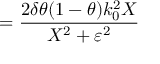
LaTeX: = \frac { 2 \delta \theta ( 1 - \theta ) k _ { 0 } ^ { 2 } X } { X ^ { 2 } + \varepsilon ^ { 2 } }